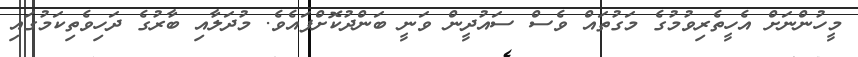
މީހުންނަށް އެހީތެރިވުމުގެ މަގުތައް ވެސް ސައުދީން ވަނީ ބަންދުކޮށްފައެވެ. މުދަލާއި ބާރުގެ ދަހިވެތިކަމުގައި